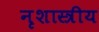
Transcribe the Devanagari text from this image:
नृशास्त्रीय